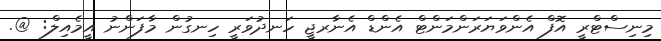
މިނިސްޓްރީ އޮފް އެންވަޔަރަންމަންޓް އެންޑް އެނާރޖީ ހަނދުވަރީ ހިނގުން މާފަންނު އީމެއިލް: @.